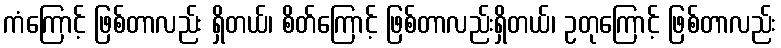
ကံကြောင့် ဖြစ်တာလည်း ရှိတယ်၊ စိတ်ကြောင့် ဖြစ်တာလည်းရှိတယ်၊ ဥတုကြောင့် ဖြစ်တာလည်း